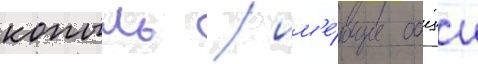
копыль / им'е́ющие общии